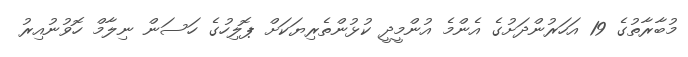
މުބާރާތުގެ 19 އަހަރުންދަށުގެ އެންމެ އުންމީދީ ކުޅުންތެރިޔަކަށް ޕޮލިހުގެ ހަސަން ނިލާމް ހޮވުނުއިރު